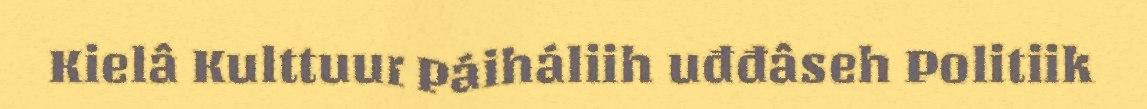
Kielâ Kulttuur Páiháliih uđđâseh Politiik